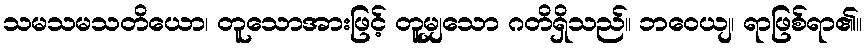
သမသမသတိယော၊ တူသောအားဖြင့် တူမျှသော ဂတိရှိသည်။ ဘဝေယျ၊ ရာဖြစ်ရာ၏။